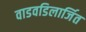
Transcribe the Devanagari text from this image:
वाडवडिलार्जित